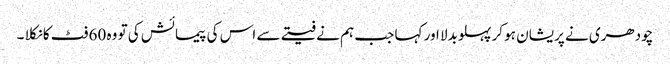
چودھری نے پریشان ہو کر پہلو بدلا اور کہا جب ہم نے فیتے سے اس کی پیمائش کی تو وہ 60 فٹ کا نکلا ۔